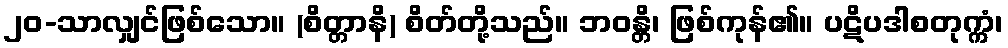
၂၀-သာလျှင်ဖြစ်သော။ (စိတ္တာနိ) စိတ်တို့သည်။ ဘဝန္တိ၊ ဖြစ်ကုန်၏။ ပဋိပဒါစတုက္ကံ၊